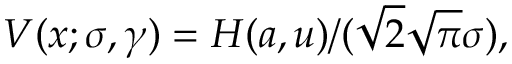
V ( x ; \sigma , \gamma ) = H ( a , u ) / ( { \sqrt { 2 } } { \sqrt { \pi } } \sigma ) ,